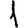
Digit: 1